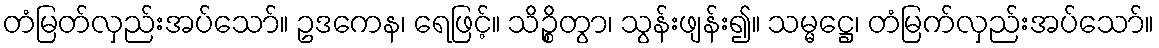
တံမြတ်လှည်းအပ်သော်။ ဥဒကေန၊ ရေဖြင့်။ သိဉ္စိတွာ၊ သွန်းဖျန်း၍။ သမ္မဋ္ဌေ၊ တံမြက်လှည်းအပ်သော်။